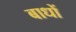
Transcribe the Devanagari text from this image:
बाधों